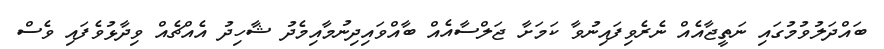
ބައްދަލުވުމުގައި ނަތީޖާއެއް ނެރެވިފައިނުވާ ކަމަށާ ޖަލްސާއެއް ބާއްވައިދިނުމާއިމެދު ޝާހިދު އެއްޗެއް ވިދާޅުވެފައި ވެސް